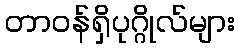
တာဝန်ရှိပုဂ္ဂိုလ်များ